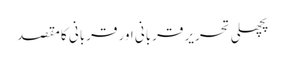
پچھلی تحریر قربانی اور قربانی کا مقصد